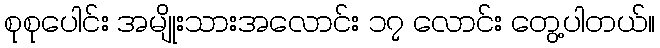
စုစုပေါင်း အမျိုးသားအလောင်း ၁၇ လောင်း တွေ့ပါတယ်။